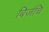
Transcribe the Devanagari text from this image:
बिजंचि